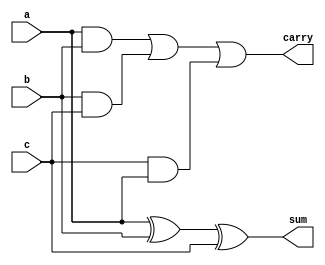
`timescale 1ns / 1ps

module full_adder ( a ,b ,c ,sum ,carry );

    output sum ;
    output carry ;

    input a ;
    input b ;
    input c ;
        
//    assign sum = a ^ b ^ c;  
//    assign carry = (a&b) | (b&c) | (c&a);
   // xor (t, a, b);
    //xor (sum, t1, c);
	 xor(sum, a, b, c);
    and (t1, a,b), (t2, b, c), (t3, c,a);
   // or (tt, t1, t2);
    or (carry, t1, t2, t3);
endmodule

module adder_16 (sum, c_n, c_n_minus_1, a, b, cin);

output [15:0] sum ;
output c_n, c_n_minus_1;

input [15:0] a ;
input [15:0] b ;
input cin;

wire [13:0] s;

full_adder u0 (a[0],b[0],cin,sum[0],s[0]);
full_adder u1 (a[1],b[1],s[0],sum[1],s[1]);
full_adder u2 (a[2],b[2],s[1],sum[2],s[2]);
//full_adder u3 (a[3],b[3],s[2],sum[3],carry);
full_adder u3 (a[3],b[3],s[2],sum[3],s[3]);
full_adder u4 (a[4],b[4],s[3],sum[4],s[4]);
full_adder u5 (a[5],b[5],s[4],sum[5],s[5]);
full_adder u6 (a[6],b[6],s[5],sum[6],s[6]);
full_adder u7 (a[7],b[7],s[6],sum[7],s[7]);

full_adder  u8(a[8],b[8],s[7],sum[8],s[8]);
full_adder  u9(a[9],b[9],s[8],sum[9],s[9]);
full_adder  u10(a[10],b[10],s[9],sum[10],s[10]);
full_adder  u11(a[11],b[11],s[10],sum[11],s[11]);
full_adder  u12(a[12],b[12],s[11],sum[12],s[12]);
full_adder  u13(a[13],b[13],s[12],sum[13],s[13]);
full_adder  u14(a[14],b[14],s[13],sum[14],c_n_minus_1);
full_adder  u15(a[15],b[15],c_n_minus_1, sum[15],c_n);

endmodule

module tb_adder_16;
	reg[15:0] a, b;
	reg cin;
	wire[15:0] sum;
	wire c_n, c_n_minus_1;
	
	adder_16 m(sum, c_n, c_n_minus_1, a, b, cin);
	
	initial
	begin
		cin=1;
		a = 2**15 - 1;
		b = 4;
		#10 a=3; b=5;
	end
	
	initial #10.001 $finish;
endmodule